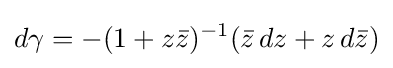
d\gamma =-(1+z{\bar {z}})^{-1}({\bar {z}}\,dz+z\,d{\bar {z}})